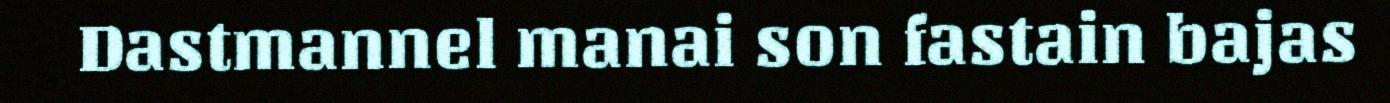
Dastmannel manai son fastain bajas